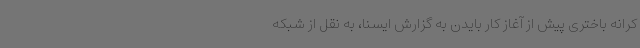
کرانه باختری پیش از آغاز کار بایدن به گزارش ایسنا، به نقل از شبکه